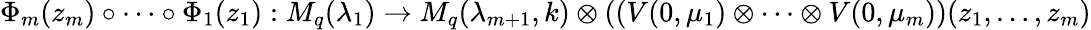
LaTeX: \Phi_{m}(z_{m})\circ\cdots\circ\Phi_{1}(z_{1}):M_{q}(\lambda_{1})\rightarrow M_{q}(\lambda_{m+1},k)\otimes((V(0,\mu_{1})\otimes\cdots\otimes V(0,\mu_{m}))(z_{1},\ldots,z_{m})